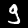
Label: 9